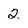
Character: 2